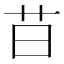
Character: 䒤